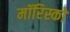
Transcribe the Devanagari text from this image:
मॉरिस्को